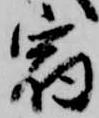
宿